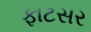
ફાટસર